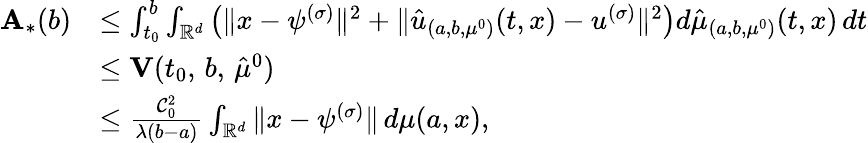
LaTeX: \begin{array}{rl}{\textbf A_{\ast}(b)}&{\leq\int_{t_{0}}^{b}\int_{\mathbb{R}^{d}}\left(\| x-\psi^{(\sigma)}\| ^{2}+\| \hat{u}_{(a,b,\mu^{0})}(t,x)-u^{(\sigma)}\| ^{2}\right)d\hat{\mu}_{(a,b,\mu^{0})}(t,x)\, dt}\\ &{\leq\textbf V(t_{0},\, b,\, \hat{\mu}^{0})}\\ &{\leq\frac{\mathcal C_{0}^{2}}{\lambda(b-a)}\int_{\mathbb{R}^{d}}\| x-\psi^{(\sigma)}\| \, d\mu(a,x),}\end{array}